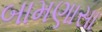
બામણાસા